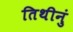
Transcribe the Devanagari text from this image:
तिथीनुं